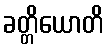
ခတ္တိယောတိ